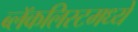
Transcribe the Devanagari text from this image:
ब्लॅकलिस्टमध्ये